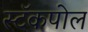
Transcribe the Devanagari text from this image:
स्टॅकपोल